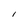
Character: l